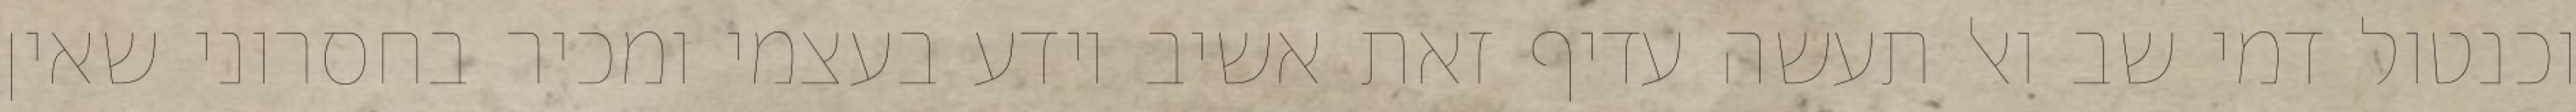
וכנטול דמי שב ואל תעשה עדיף זאת אשיב יודע בעצמי ומכיר בחסרוני שאין